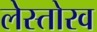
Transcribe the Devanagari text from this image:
लेस्तोरव